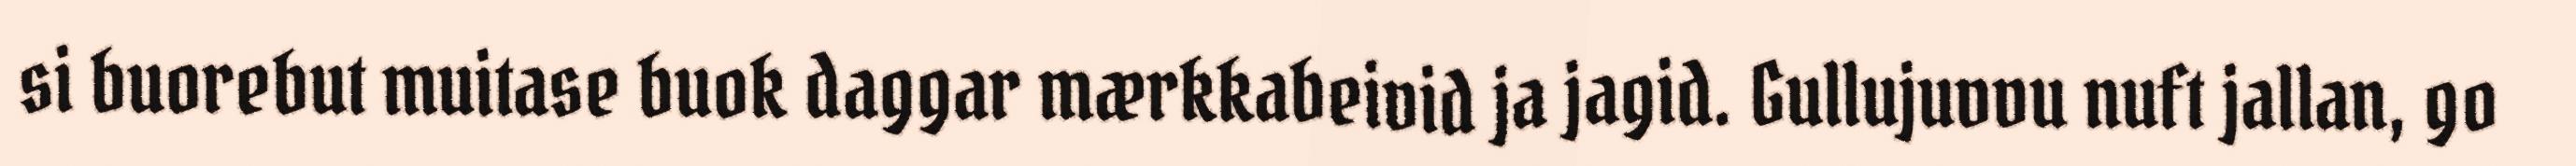
si buorebut muitase buok daggar mærkkabeivid ja jagid. Gullujuvvu nuft jallan, go